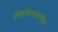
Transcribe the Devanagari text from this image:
संशोधनाबरोबर